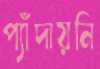
প্যাঁদায়নি